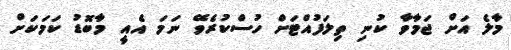
މާލެ އަށް ޖަމާވާ ކުނި ތިލަފުއްޓަށް ހުސްކުުރެވޭ ނަމަ އެއީ މާބޮޑު ކަމަކަށް